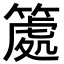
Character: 𥱿